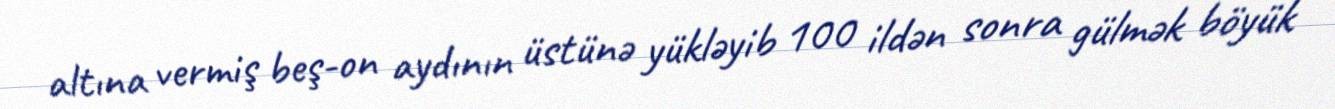
altına vermiş beş-on aydının üstünə yükləyib 100 ildən sonra gülmək böyük